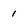
Character: 1